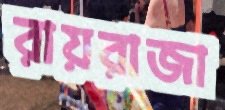
রায়রাজা